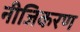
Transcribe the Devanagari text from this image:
नीजिकरण